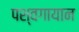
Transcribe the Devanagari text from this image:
पश्वगायान